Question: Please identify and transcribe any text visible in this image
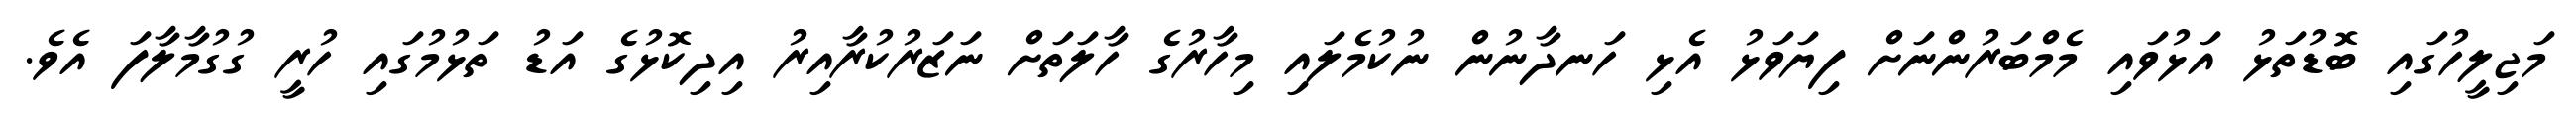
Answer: މަޖިލީހުގައި ބޮޑުތަޅު އަޅުވައި މެމްބަރުންނަށް ފިޔަވަޅު އެޅި ހަނދާނުން ނުކުމެލައި މިހާރުގެ ހާލަތަށް ނަޒަރުކުރާއިރު އިދިކޮޅުގެ އަޑު ތަޅުމުގައި ހުރީ ގުގުމާލާފަ އެވެ.